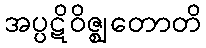
အပ္ပဋိဝိဇ္ဈတောတိ